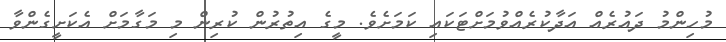
މުހިންމު ދައުރެއް އަދާކުރެއްވުމަށްޓަކައި ކަމަށެވެ. މީގެ އިތުރުން ކުރިން މި މަގާމަށް އެކަށީގެންވާ